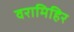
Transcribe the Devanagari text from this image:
वरामिहिर